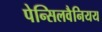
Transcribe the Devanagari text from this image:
पेन्सिलवैनियय